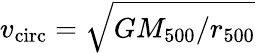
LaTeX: v_{\mathrm{circ}}=\sqrt{GM_{500}/r_{500}}